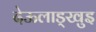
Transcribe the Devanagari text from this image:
देऊलाड्खुइ